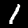
Label: 1